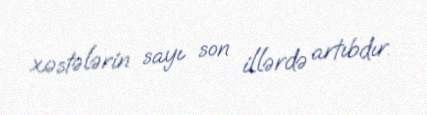
xəstələrin sayı son illərdə artıbdır.